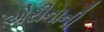
એરીનાની